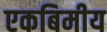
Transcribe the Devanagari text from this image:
एकबिमीय